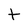
Character: t